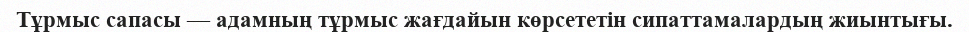
Тұрмыс сапасы — адамның тұрмыс жағдайын көрсететін сипаттамалардың жиынтығы.